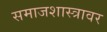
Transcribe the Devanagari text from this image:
समाजशास्त्रावर